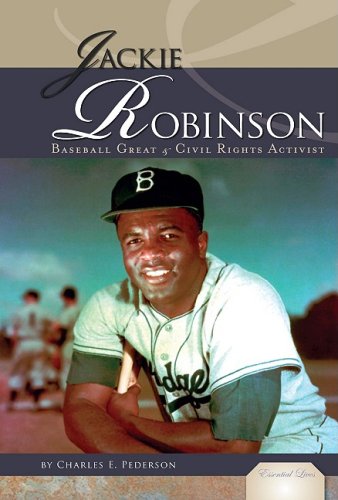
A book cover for Jackie Robinson: Baseball Great & Civil Rights Activist (Essential Lives); Charles E. Pederson; Teen & Young Adult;